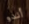
أندو